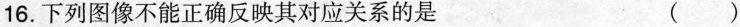
16.下列图像不能正确反映其对应关系的是 ()